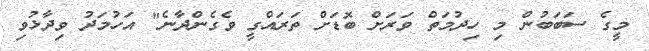
މީގެ ސަބަބުން މި ހިދުމަތް ވަރަށް ބޮޑަށް ތަރައްގީ ވެގެންދާނެ" އަހުމަދު ވިދާޅުވި